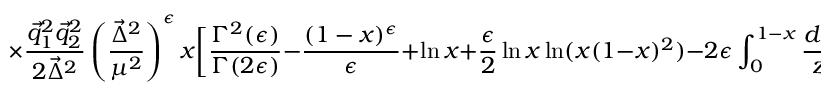
\times \frac { { \vec { q } _ { 1 } } ^ { 2 } { \vec { q } _ { 2 } } ^ { 2 } } { 2 { \vec { \Delta } } ^ { 2 } } \left( \frac { { \vec { \Delta } } ^ { 2 } } { \mu ^ { 2 } } \right) ^ { \epsilon } x \biggl [ \frac { \Gamma ^ { 2 } ( \epsilon ) } { \Gamma ( 2 \epsilon ) } - \frac { ( 1 - x ) ^ { \epsilon } } { \epsilon } + \ln x + \frac { \epsilon } { 2 } \ln x \ln ( x ( 1 - x ) ^ { 2 } ) - 2 \epsilon \int _ { 0 } ^ { 1 - x } \frac { d z } { z } \ln ( 1 - z ) \biggr ] .